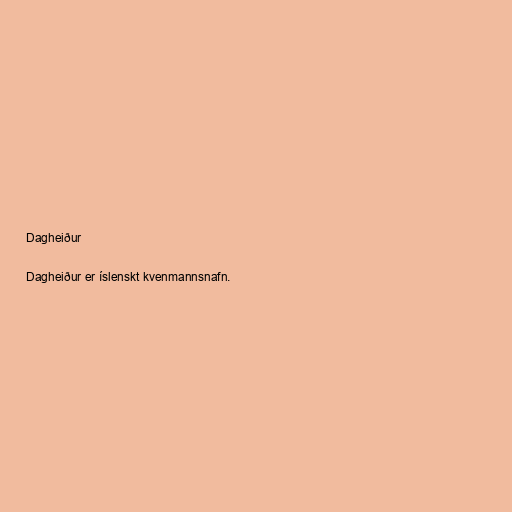
Dagheiður

Dagheiður er íslenskt kvenmannsnafn.